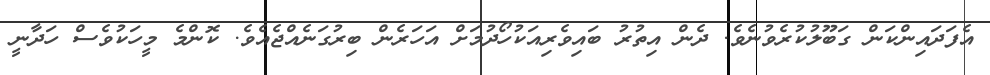
އެފަދައިންކަން ގަބޫލުކުރެވުނެވެ. ދެން އިތުރު ބައިވެރިއަކުހޯދުމަށް އަހަރެން ބިރުގަނެއްޖެއެވެ. ކޮންމެ މީހަކުވެސް ހަދާނީ